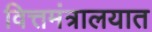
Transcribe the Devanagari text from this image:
वित्तमंत्रालयात